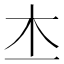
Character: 𣎶